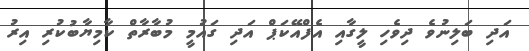
އަދި ބަލިނުވެ ދިވެހި ލީގާއި އެފްއޭކަޕް އަދި ގައުމީ މުބާރާތް ކާމިޔާބުކުރި އިރު